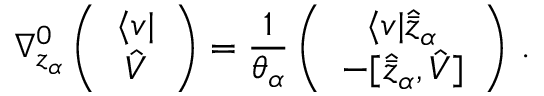
\nabla _ { z _ { \alpha } } ^ { 0 } \left( \begin{array} { c } { { \langle v | } } \\ { { \hat { V } } } \end{array} \right) = \frac { 1 } { \theta _ { \alpha } } \left( \begin{array} { c } { { \langle v | \widehat { \bar { z } } _ { \alpha } } } \\ { { - \lbrack \widehat { \bar { z } } _ { \alpha } , \hat { V } \rbrack } } \end{array} \right) \, .